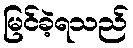
မြင်ခဲ့ရသည်